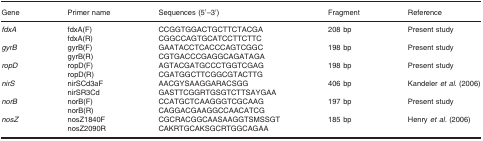
<table><thead><tr><td><b>Gene</b></td><td><b>Primer name</b></td><td><b>Sequences (5′–3′)</b></td><td><b>Fragment</b></td><td><b>Reference</b></td></tr></thead><tbody><tr><td rowspan="2"><i>fdxA</i></td><td>fdxA(F)</td><td>CCGGTGGACTGCTTCTACGA</td><td rowspan="2">208 bp</td><td rowspan="2">Present study</td></tr><tr><td>fdxA(R)</td><td>CGGCCAGTGCATCCTTCTTC</td></tr><tr><td rowspan="2"><i>gyrB</i></td><td>gyrB(F)</td><td>GAATACCTCACCCAGTCGGC</td><td rowspan="2">198 bp</td><td rowspan="2">Present study</td></tr><tr><td>gyrB(R)</td><td>CGTGACCCGAGGCAGATAGA</td></tr><tr><td rowspan="2"><i>ropD</i></td><td>ropD(F)</td><td>AGTACGATGCCCTGGTCGAG</td><td rowspan="2">198 bp</td><td rowspan="2">Present study</td></tr><tr><td>ropD(R)</td><td>CGATGGCTTCGGCGTACTTG</td></tr><tr><td rowspan="2"><i>nirS</i></td><td>nirSCd3aF</td><td>AACGYSAAGGARACSGG</td><td rowspan="2">406 bp</td><td rowspan="2">Kandeler <i>et al</i>. (2006)</td></tr><tr><td>nirSR3Cd</td><td>GASTTCGGRTGSGTCTTSAYGAA</td></tr><tr><td rowspan="2"><i>norB</i></td><td>norB(F)</td><td>CCATGCTCAAGGGTCGCAAG</td><td rowspan="2">197 bp</td><td rowspan="2">Present study</td></tr><tr><td>norB(R)</td><td>CAGGACGAAGGCCAACATCG</td></tr><tr><td rowspan="2"><i>nosZ</i></td><td>nosZ1840F</td><td>CGCRACGGCAASAAGGTSMSSGT</td><td rowspan="2">185 bp</td><td rowspan="2">Henry <i>et al</i>. (2006)</td></tr><tr><td>nosZ2090R</td><td>CAKRTGCAKSGCRTGGCAGAA</td></tr></tbody></table>